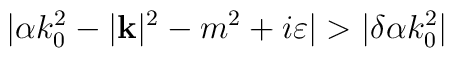
|\alpha k^{2}_{0}-|\mathbf{k}|^{2}-m^{2}+i\varepsilon |>|\delta \alpha k^{2}_{0}|